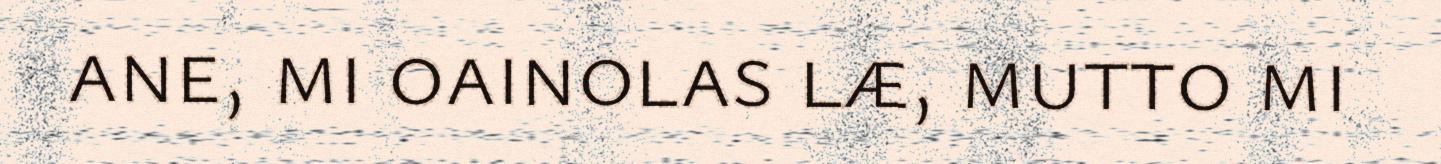
ane, mi oainolas læ, mutto mi